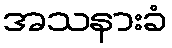
အသနားခံ